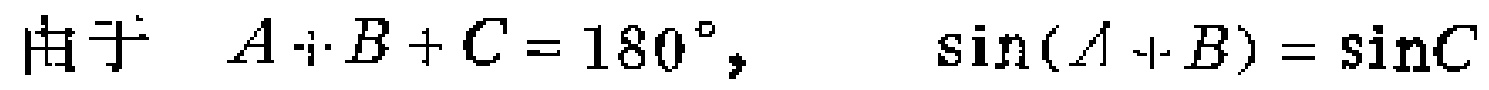
由于 \(A + B + C = 180^{\circ},\) \(\sin(A + B)=\sin C\)